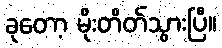
ခုတော့ မိုးတိတ်သွားပြီ။